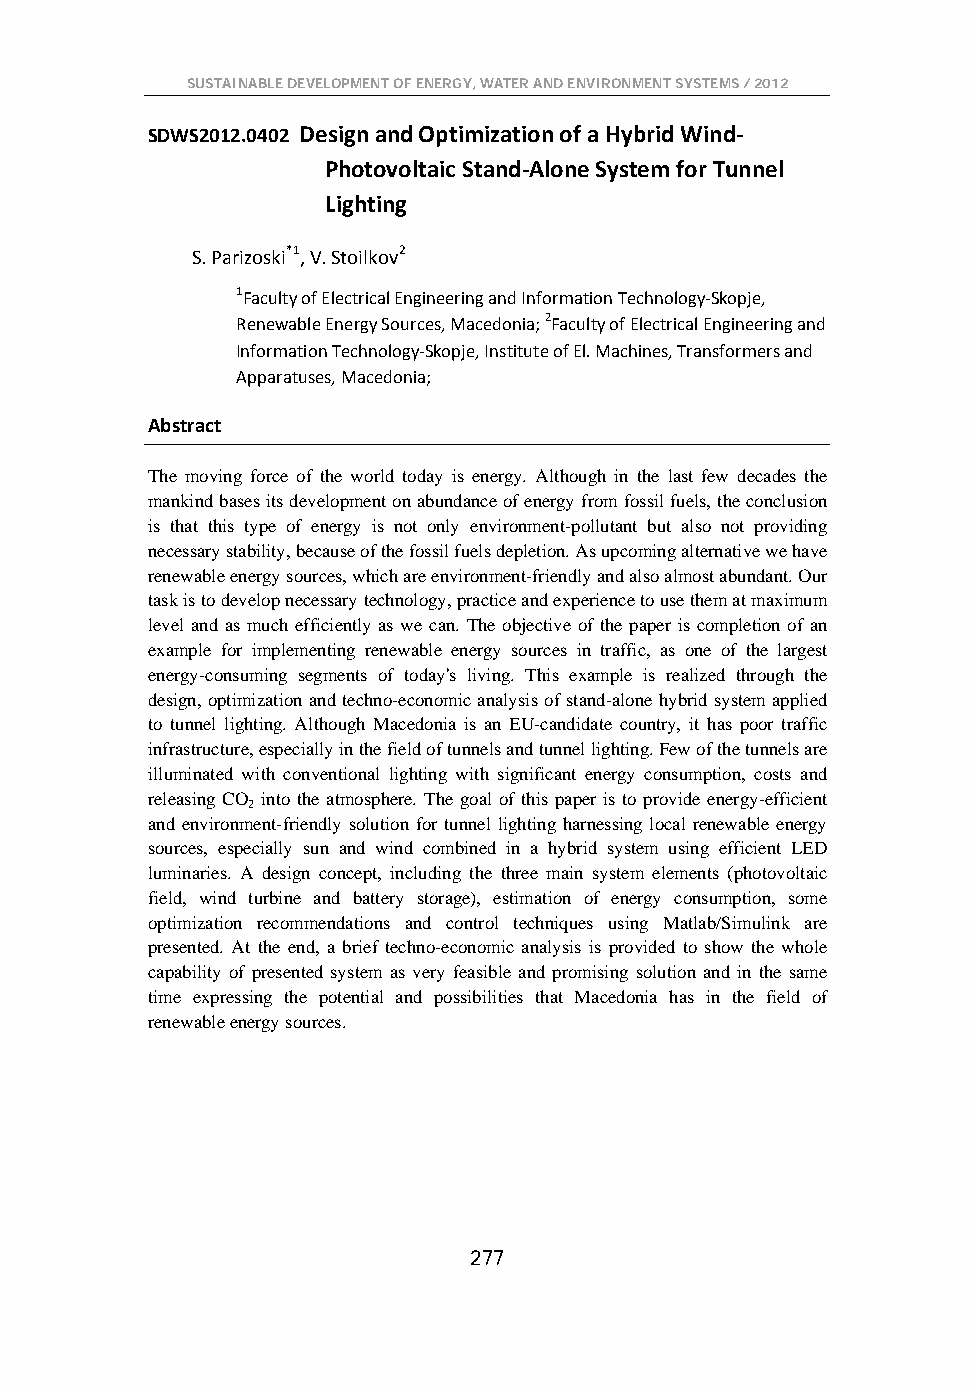
SUSTAINABLE DEVELOPMENT OF ENERGY, WATER AND ENVIRONMENT SYSTEMS / 2012
 SDWS2012.0402 Design and Optimization of a Hybrid Wind-
 Photovoltaic Stand-Alone System for Tunnel
 Lighting
 S. Parizoski*1, V. Stoilkov2
 1Faculty of Electrical Engineering and Information Technology-Skopje,
 Renewable Energy Sources, Macedonia; 2Faculty of Electrical Engineering and
 Information Technology-Skopje, Institute of El. Machines, Transformers and
 Apparatuses, Macedonia;
 Abstract
 The moving force of the world today is energy. Although in the last few decades the
 mankind bases its development on abundance of energy from fossil fuels, the conclusion
 is that this type of energy is not only environment-pollutant but also not providing
 necessary stability, because of the fossil fuels depletion. As upcoming alternative we have
 renewable energy sources, which are environment-friendly and also almost abundant. Our
 task is to develop necessary technology, practice and experience to use them at maximum
 level and as much efficiently as we can. The objective of the paper is completion of an
 example for implementing renewable energy sources in traffic, as one of the largest
 energy-consuming segments of today's living. This example is realized through the
 design, optimization and techno-economic analysis of stand-alone hybrid system applied
 to tunnel lighting. Although Macedonia is an EU-candidate country, it has poor traffic
 infrastructure, especially in the field of tunnels and tunnel lighting. Few of the tunnels are
 illuminated with conventional lighting with significant energy consumption, costs and
 releasing CO into the atmosphere. The goal of this paper is to provide energy-efficient
 2
 and environment-friendly solution for tunnel lighting harnessing local renewable energy
 sources, especially sun and wind combined in a hybrid system using efficient LED
 luminaries. A design concept, including the three main system elements (photovoltaic
 field, wind turbine and battery storage), estimation of energy consumption, some
 optimization recommendations and control techniques using Matlab/Simulink are
 presented. At the end, a brief techno-economic analysis is provided to show the whole
 capability of presented system as very feasible and promising solution and in the same
 time expressing the potential and possibilities that Macedonia has in the field of
 renewable energy sources.
 277